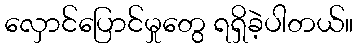
လှောင်ပြောင်မှုတွေ ရရှိခဲ့ပါတယ်။